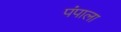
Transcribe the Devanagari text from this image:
पंपाला